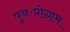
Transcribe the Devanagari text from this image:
पुनःप्रोग्राम